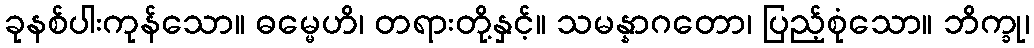
ခုနစ်ပါးကုန်သော။ ဓမ္မေဟိ၊ တရားတို့နှင့်။ သမန္နာဂတော၊ ပြည့်စုံသော။ ဘိက္ခု၊